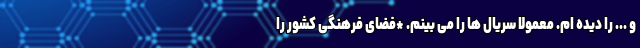
و ... را دیده ام. معمولاً سریال ها را می بینم. *فضای فرهنگی کشور را